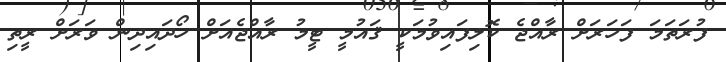
ފުރަތަމަ ފަހަރަށް ރާއްޖެ ކޮލިފައިވުމަކީ ޤައުމީ ޓީމު ރާއްޖެއަށް ހޯދައިދިން ވަރަށް ރީތި